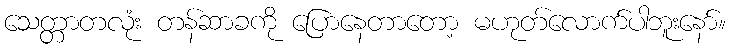
သေတ္တာတလုံး တန်ဆာခကို ပြောနေတာတော့ မဟုတ်လောက်ပါဘူးနော်။